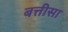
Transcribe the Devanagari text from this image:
बत्तीसा